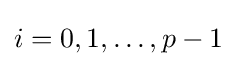
i=0,1,\ldots ,p-1